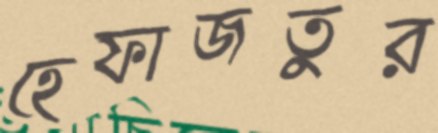
হেফাজতুর